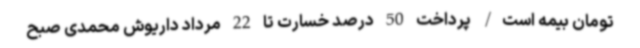
تومان بیمه است/ پرداخت 50 درصد خسارت تا 22 مرداد داریوش محمدی صبح